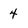
Character: 4